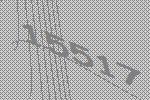
15517